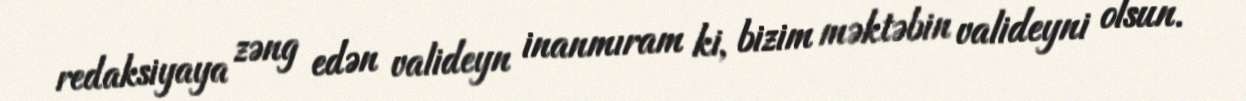
redaksiyaya zəng edən valideyn inanmıram ki, bizim məktəbin valideyni olsun.